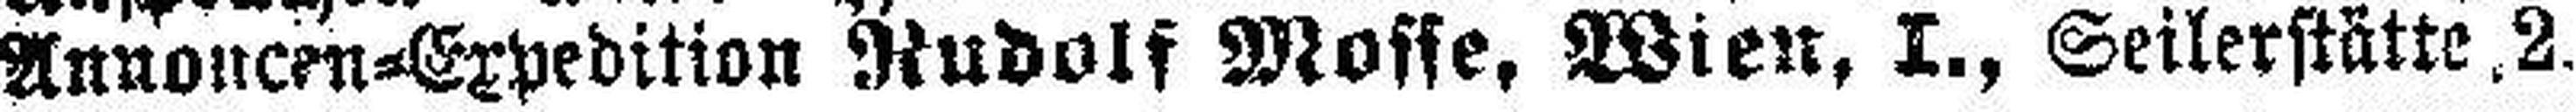
Annoncen-Expedition Rudolf Mosse, Wien, I., Seilerstätte 2.